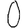
Digit: 0